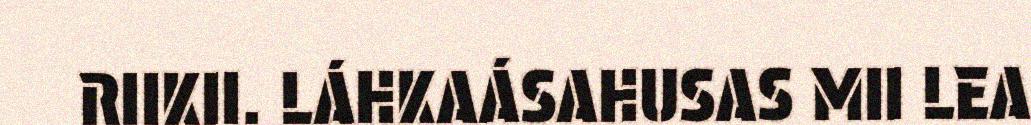
RIIKII. LÁHKAÁSAHUSAS MII LEA